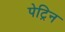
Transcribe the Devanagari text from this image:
पेट्रिन